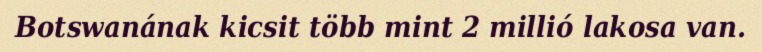
Botswanának kicsit több mint 2 millió lakosa van.